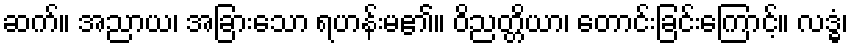
ဆက်။ အညာယ၊ အခြားသော ရဟန်းမ၏။ ဝိညတ္တိယာ၊ တောင်းခြင်းကြောင့်။ လဒ္ဓံ၊